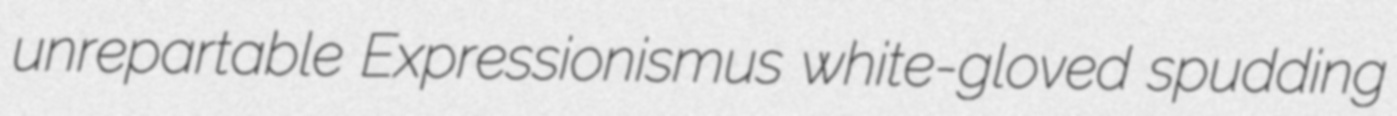
unrepartable Expressionismus white-gloved spudding